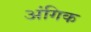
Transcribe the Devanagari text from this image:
अंगिक